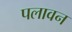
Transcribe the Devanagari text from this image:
पलावन